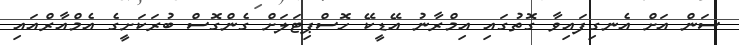
ސަން އަށް އެނގިފައިވާ ގޮތުގައި އިމްރާނު އޭޑީކޭ ހޮސްޕިޓަލަށް ގެންގޮސް ބުރަކަށީގެ އެމްއާރްއައި